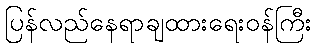
ပြန်လည်နေရာချထားရေးဝန်ကြီး